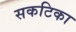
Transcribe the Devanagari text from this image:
सकटिका